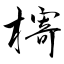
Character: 槣